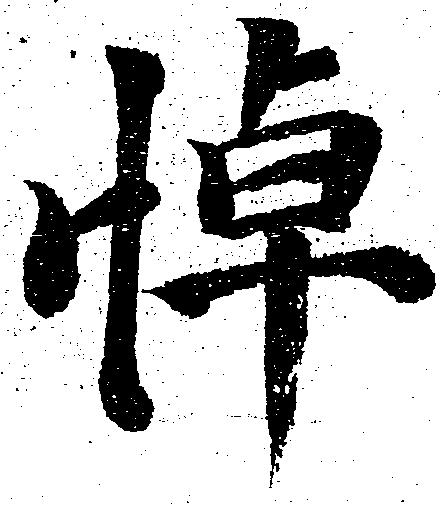
悼